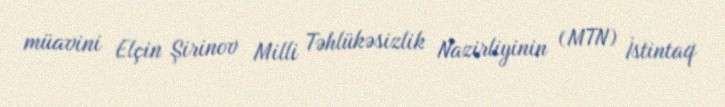
müavini Elçin Şirinov Milli Təhlükəsizlik Nazirliyinin (MTN) İstintaq